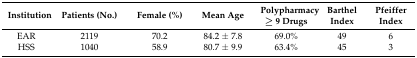
| Institution | Patients (No.) | Female (%) | Mean Age | Polypharmacy ≥ 9 Drugs | Barthel Index | Pfeiffer Index |
 | --- | --- | --- | --- | --- | --- | --- |
 | EAR | 2119 | 70.2 | 84.2 ± 7.8 | 69.0% | 49 | 6 |
 | HSS | 1040 | 58.9 | 80.7 ± 9.9 | 63.4% | 45 | 3 |